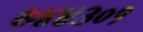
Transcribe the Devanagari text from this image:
७४४३०१